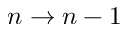
n \rightarrow n - 1